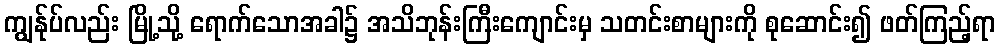
ကျွန်ုပ်လည်း မြို့သို့ ရောက်သောအခါ၌ အသိဘုန်းကြီးကျောင်းမှ သတင်းစာများကို စုဆောင်း၍ ဖတ်ကြည့်ရာ